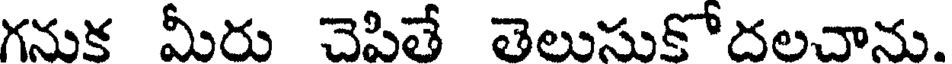
గనుక మీరు చెపితే తెలుసుకోదలచాను.